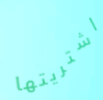
اشتريتها